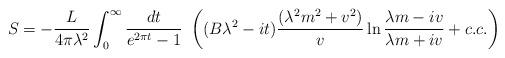
LaTeX: \begin{align*}S= -\frac{L}{4\pi\lambda^2} \int_ 0 ^\infty \frac{dt}{e^{2 \pi t}- 1} ~\left ( (B\lambda^2-it) \frac{(\lambda ^2 m^2+v^2)}{v} \ln \frac{\lambda m -iv}{\lambda m +iv} + c.c. \right )\end{align*}